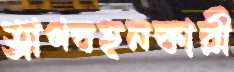
ত্রাণবহনকারী